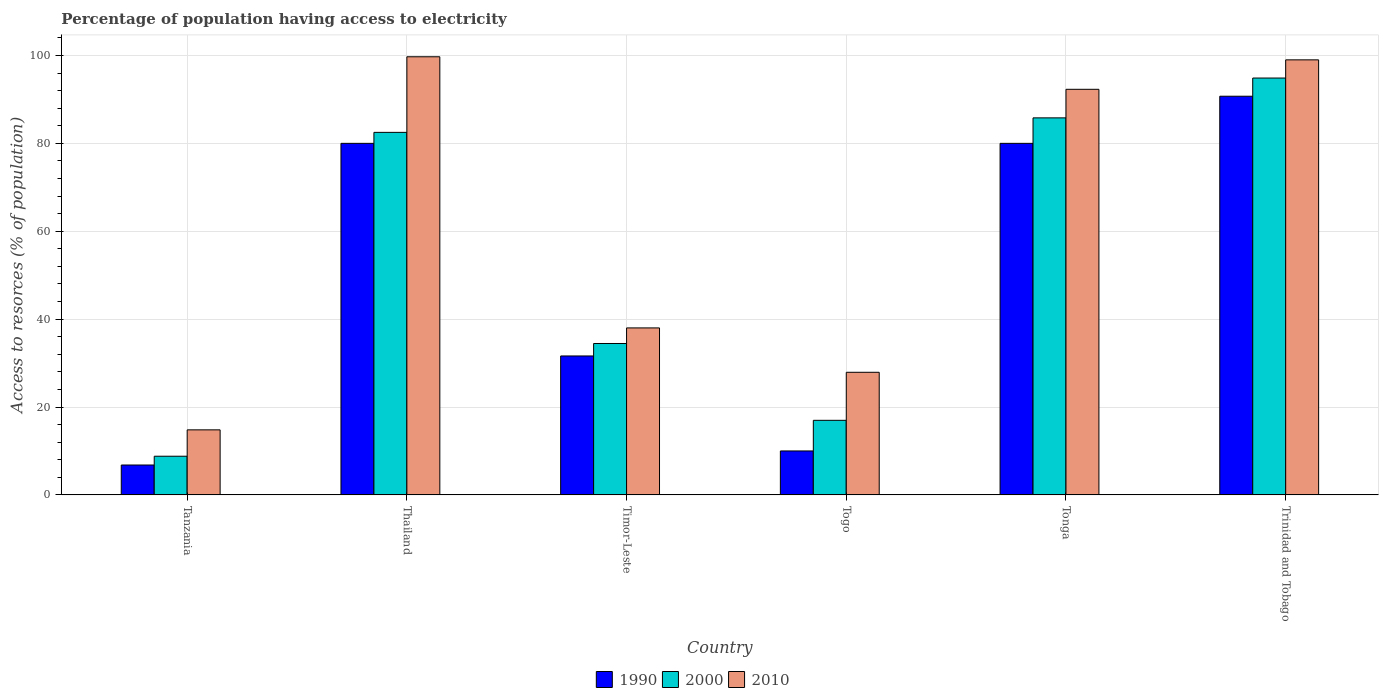
| Country | 1990 | 2000 | 2010 |
 | --- | --- | --- | --- |
 | Tanzania | 6.8 | 8.8 | 14.8 |
 | Thailand | 80 | 82.5 | 99.7 |
 | Timor-Leste | 31.6 | 34.5 | 38 |
 | Togo | 10 | 17 | 27.9 |
 | Tonga | 80 | 85.8 | 92.3 |
 | Trinidad and Tobago | 90.7 | 94.9 | 99 |